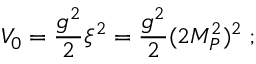
V _ { 0 } = \frac { g ^ { 2 } } 2 \xi ^ { 2 } = \frac { g ^ { 2 } } 2 ( 2 M _ { P } ^ { 2 } ) ^ { 2 } \; ;